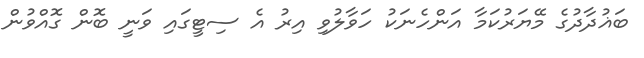
ބަޣުދާދުގެ މޭޔަރުކަމާ އަންހެނަކު ހަވާލުވި އިރު އެ ސިޓީގައި ވަނީ ބޮން ގޮއްވުން